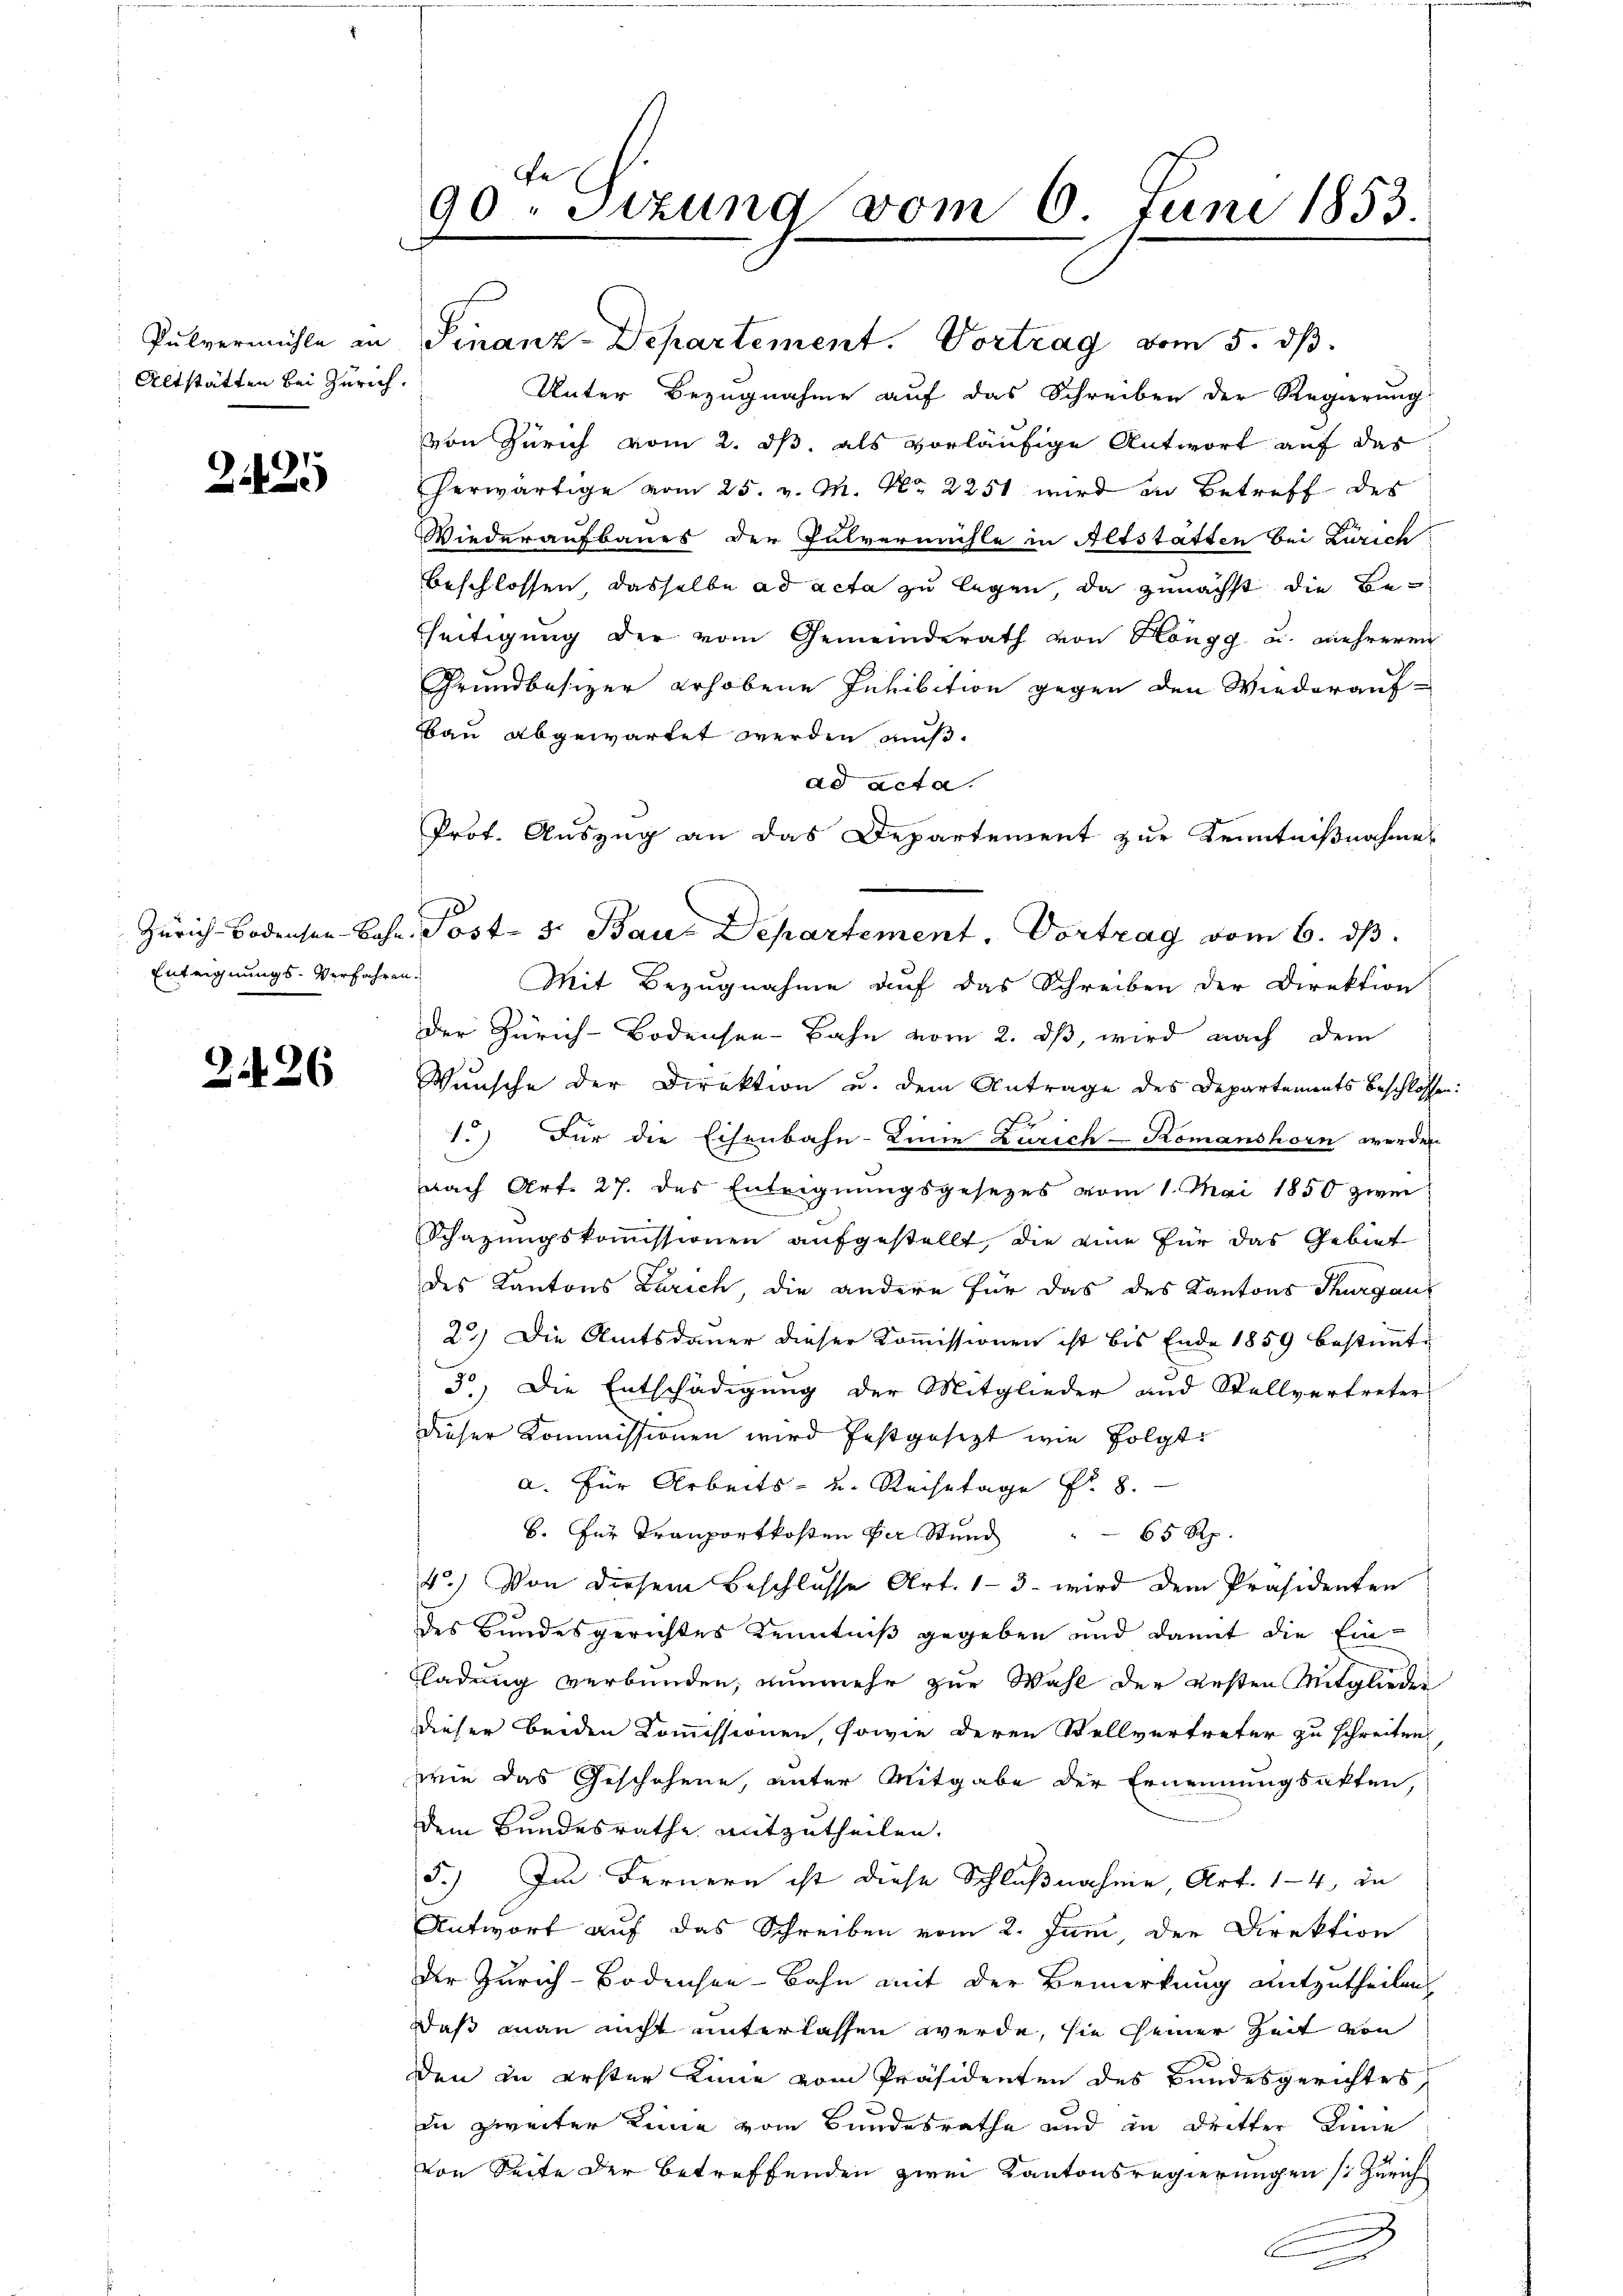
Altstätten bei Zürich.

242.

Enteignungs-Verfahren.

2426

90. Sizung vom 6. Juni 1853.

Pulvermühle in Finanz-Departement. Vortrag vom 5. dß.
Unter Bezugnahme auf das Schreiben der Regierung
von Zürich vom 2. ds, als vorläufige Antwort auf das
Perwärtige vom 25. v. M. Nr. 2251 wird in Betreff des
Wiederaufbaues der Pulvermühle in Altstatten bei Zürich
beschlossen dasselbe ad acta zu legen, da zunächst die Beheitigung der vom Gemeinderath von Höngg u. mehreren
Grundbesizer erhobene Inhibition gegen den Wiederauf-
Bau abgewartet werden muß.
ad acta.
Prot. Auszug an das Departement zur Kenntnißnahmes
Mit Bezugnahme auf das Schreiben der Direktion
der Zürich-Bodensee-Bahn vom 2. ds, wird nach dem
Wunsche der Direktion u. dem Antrage des Departements beschlossen
1.) Für die Eisenbahn-Linie Zürich-Komanshorn werden
nach Art. 27. des Enteignungsgesezes vom 1. Mai 1850 zwei
Schazungskommissionen aufgestellt, die eine für das Gebiet
des Kantons Zürich, die andere für das des Kantons Thurgau
2) Die Amtsdauer dieser Kommissionen ist bis Ende 1859 bestimmte
3) Die Entschädigung der Mitglieder und Stellvertreter
dieser Kommissionen wird festgesezt wie folgt
a. Für Arbeits- u. Reisetage Fr. 8.
6. für Tranportkosten der Stund 65 Rp.
4.) Von diesem Beschlusse Art. 13 wird dem Präsidenten
des Bundesgerichtes Kenntniß gegeben und damit die Ein¬
Fladung verbunden, nunmehr zur Wahl der ersten Mitglieder
dieser beiden Kommissionen, sowie deren Stellvertreter zu schreiten,
wie das Geschehene, unter Mitgabe der Ernennungsakten,
dem Bundesrathe mitzutheilen.
5.) Im Fernern ist diese Schlußnahme, Art. 14, de
Antwort auf das Schreiben vom 2. Juni, der Direktion
der Zürich-Bodensee-Bahn mit der Bemerkung mitzutheilen
daß man nicht unterlassen werde, sie seiner Zeit von
den in erster Linie vom Präsidenten des Bundesgerichtes
die zweiter Linie vom Bundesrathe und in Dritter Linie
von Seite der Betreffenden zwei Kantonsregierungen (Zürich

Zürich-Bodensen Jahr. Post- 5. Baus Departement. Vortrag vom 6. dβ.

n